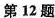
第12题